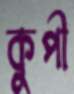
কুপী